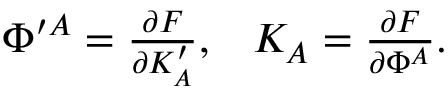
\begin{array} { l l } { { \Phi ^ { \prime A } = { \frac { \partial F } { \partial K _ { A } ^ { \prime } } } , } } & { { K _ { A } = { \frac { \partial F } { \partial \Phi ^ { A } } } . } } \end{array}